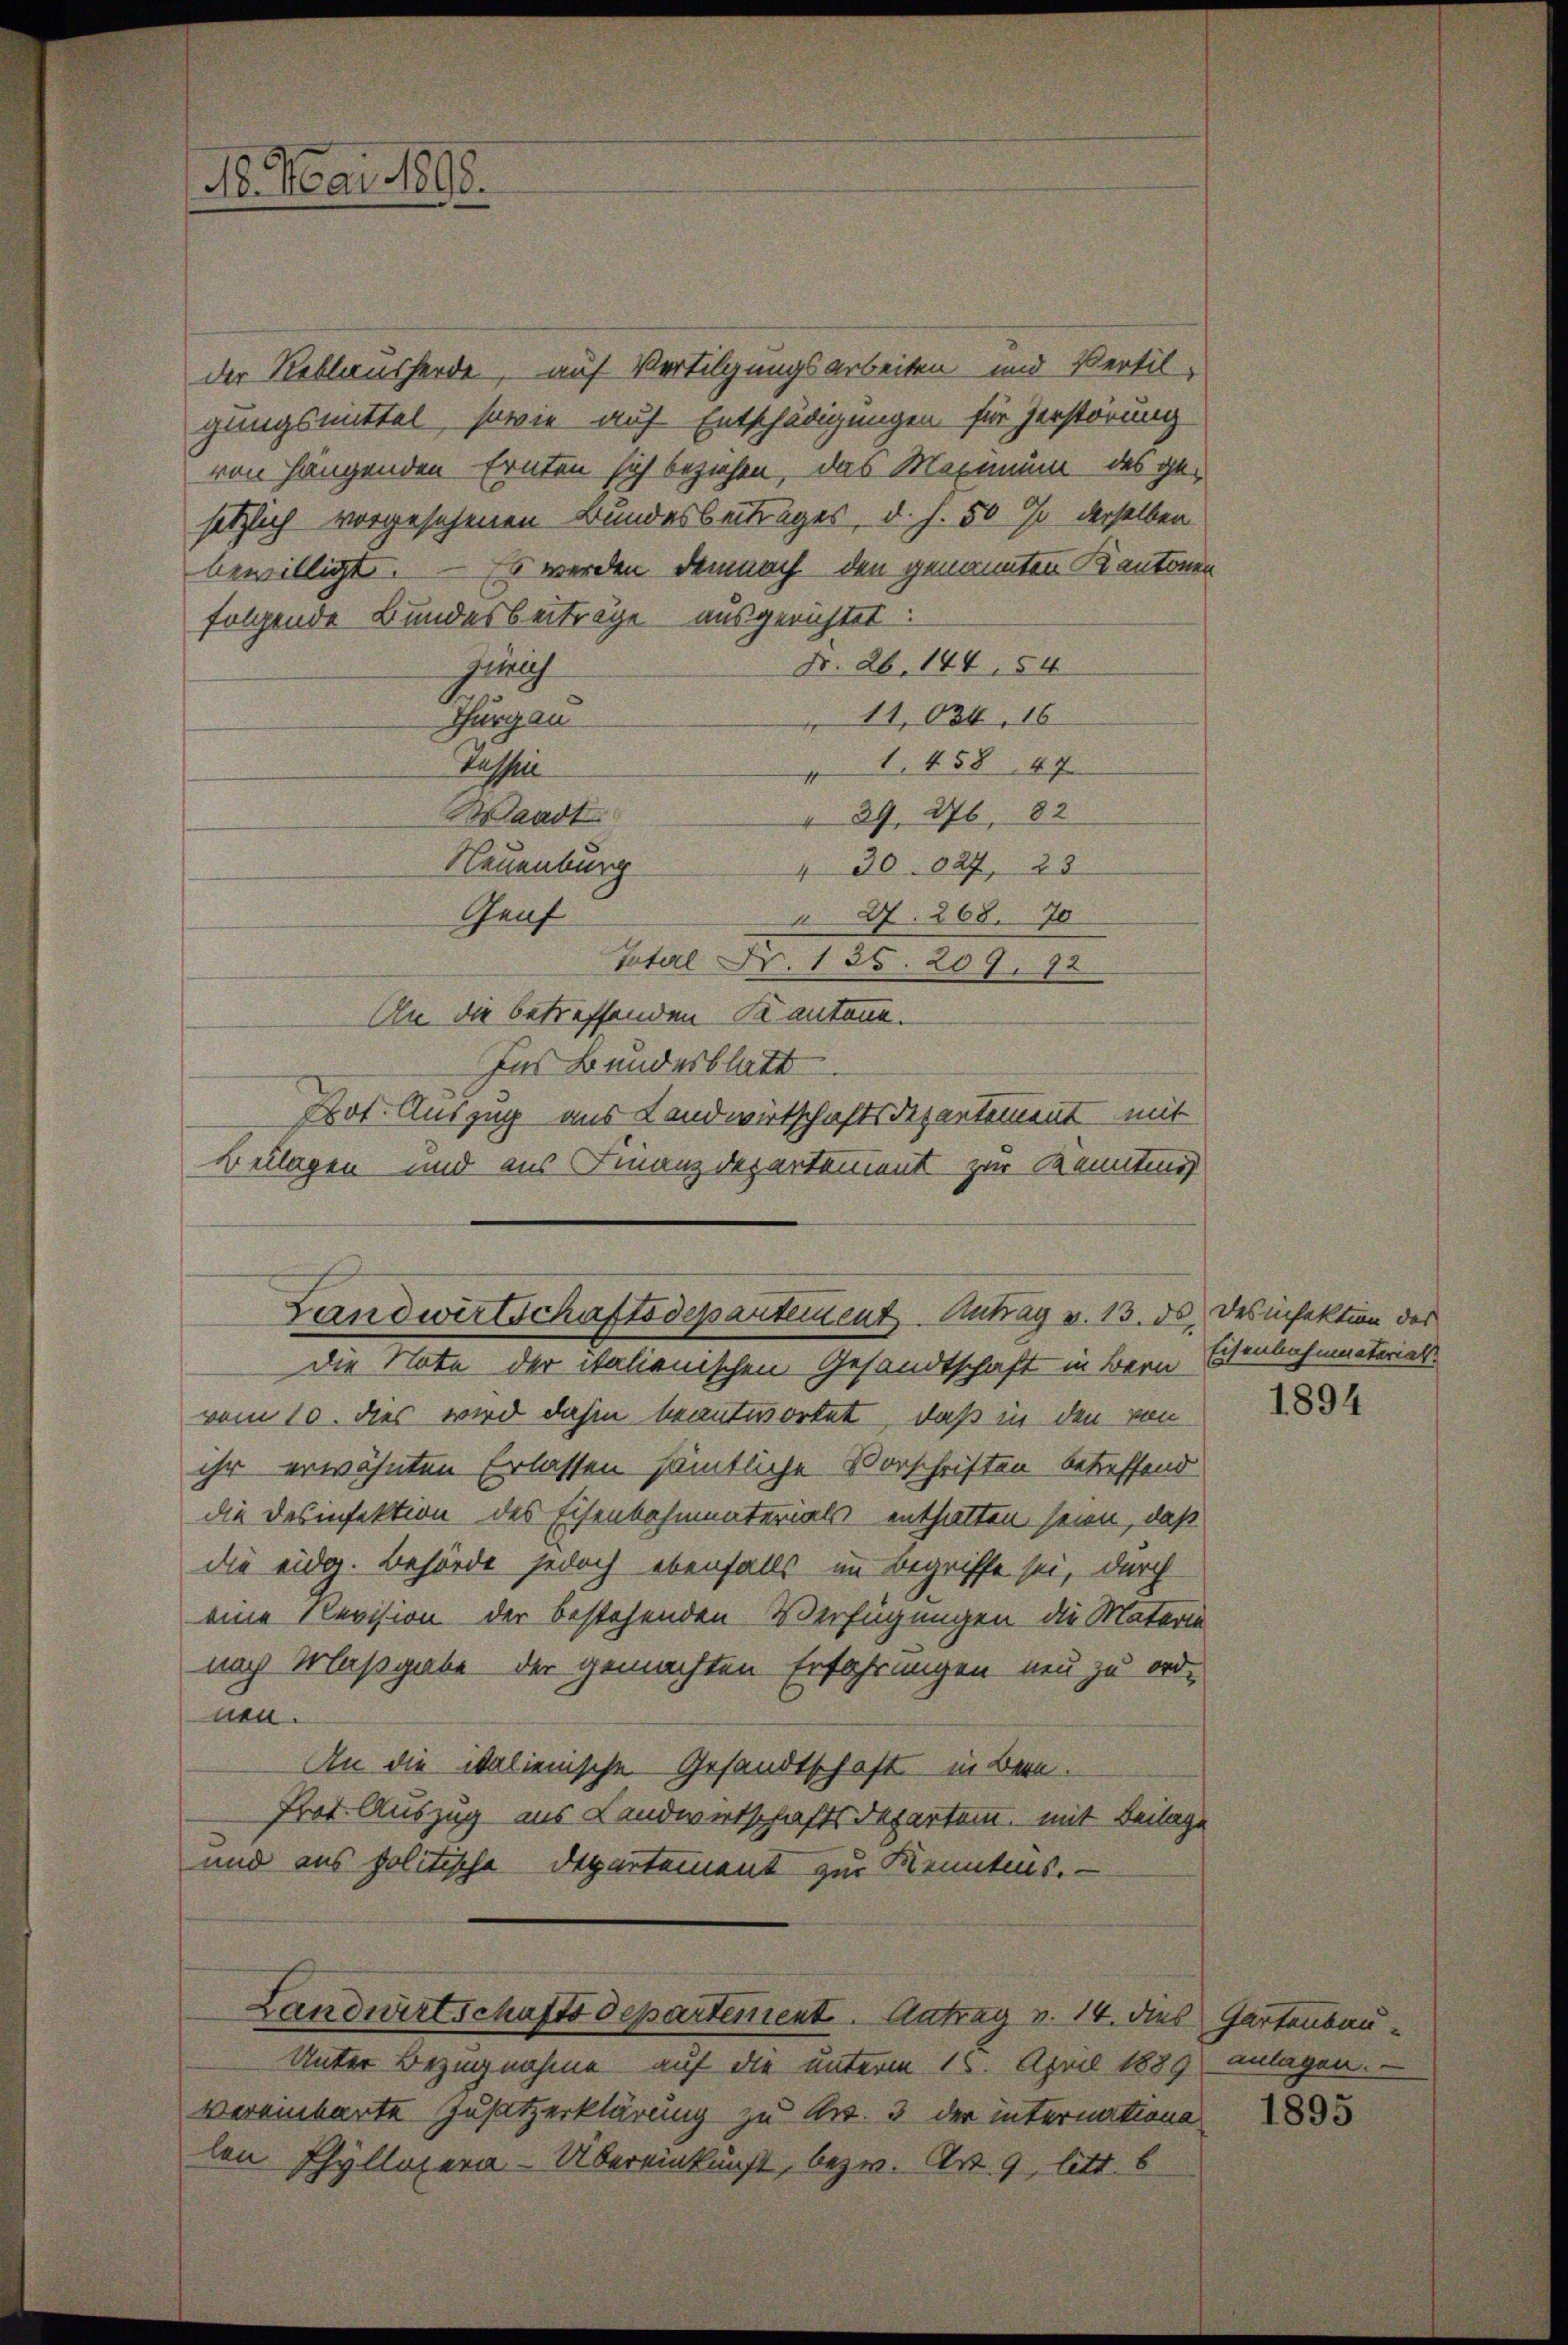
der Reblausserde, auf Vertilgungsarbeiten und Versil-
gungsmittel, sowie auf Entschädigungen für Zerstörung
von hängenden Ernten sich beziehen, das Maximum des gesetzlich vorgesehenen Bundesbeitrages, d. J. 50 % derselben
bewilligt. — Es werden demnach den genannten Kantonen
folgende Bundesbeiträge ausgerichtet:
Nr. 26. 144. 54
stlich
11,034, 16
Thurgau
1. 458. 47
Tassen
Waadt
" 39. 276, 82
Neuenburg
4 30. 627, 23
Genf
27. 268. 70
Total Fr. 135. 209. 72
An die betreffenden Kantone.
Ins Bundesblatt
Prof. Auszug aus Landwirtschaftsdepartement mit
Beilagen und aus Finanzdepartement zur Kenntnis

16. Mai 1890.

die Note der italienischen Gesandtschaft in Bern Eisenbahnmaterial
vom 10. dies wird dahin beantwortet, daß in den von
ihr erwähnten Erlassen sämtliche Vorschriften betreffend
die Desinfektion des Eisenbahnmaterials enthalten seien, daß
die eider. Behörde jedoch ebenfalls im Begriffe sei, durch
eine Revision der bestehenden Verfügungen die Materia
nach Maßgabe der gemachten Erfahrungen neu zu ord-
nen.
An die italienische Gesandtschaft in Bern.
Prot. Auszug aus Landwirtschaftsdepartem, mit Beilage
und aus politische Departement zur Kenntnis.
Landwirtschaftsdepartement. Antrag v. 14. dies Gartenbau¬
Unter Bezugnahme auf die unterm 16. April 1889 anlagen.
vereinbarte Zusatzerklärung zu Art. 3 der internations
len Phyllosera-Übereinkunft, bezw. Art. 9, litt. 6

Landwirtschaftsdepartement Antrag v. 13. ds. des infektion des

1894

1895